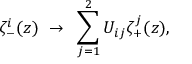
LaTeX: \zeta _ { - } ^ { i } ( z ) ~ \rightarrow ~ \sum _ { j = 1 } ^ { 2 } U _ { i j } \zeta _ { + } ^ { j } ( z ) ,